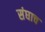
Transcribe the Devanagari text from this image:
संघाच